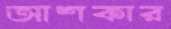
আশকার